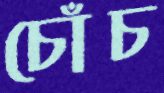
চোঁচ